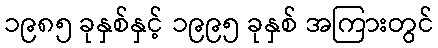
၁၉၈၅ ခုနှစ်နှင့် ၁၉၉၅ ခုနှစ် အကြားတွင်